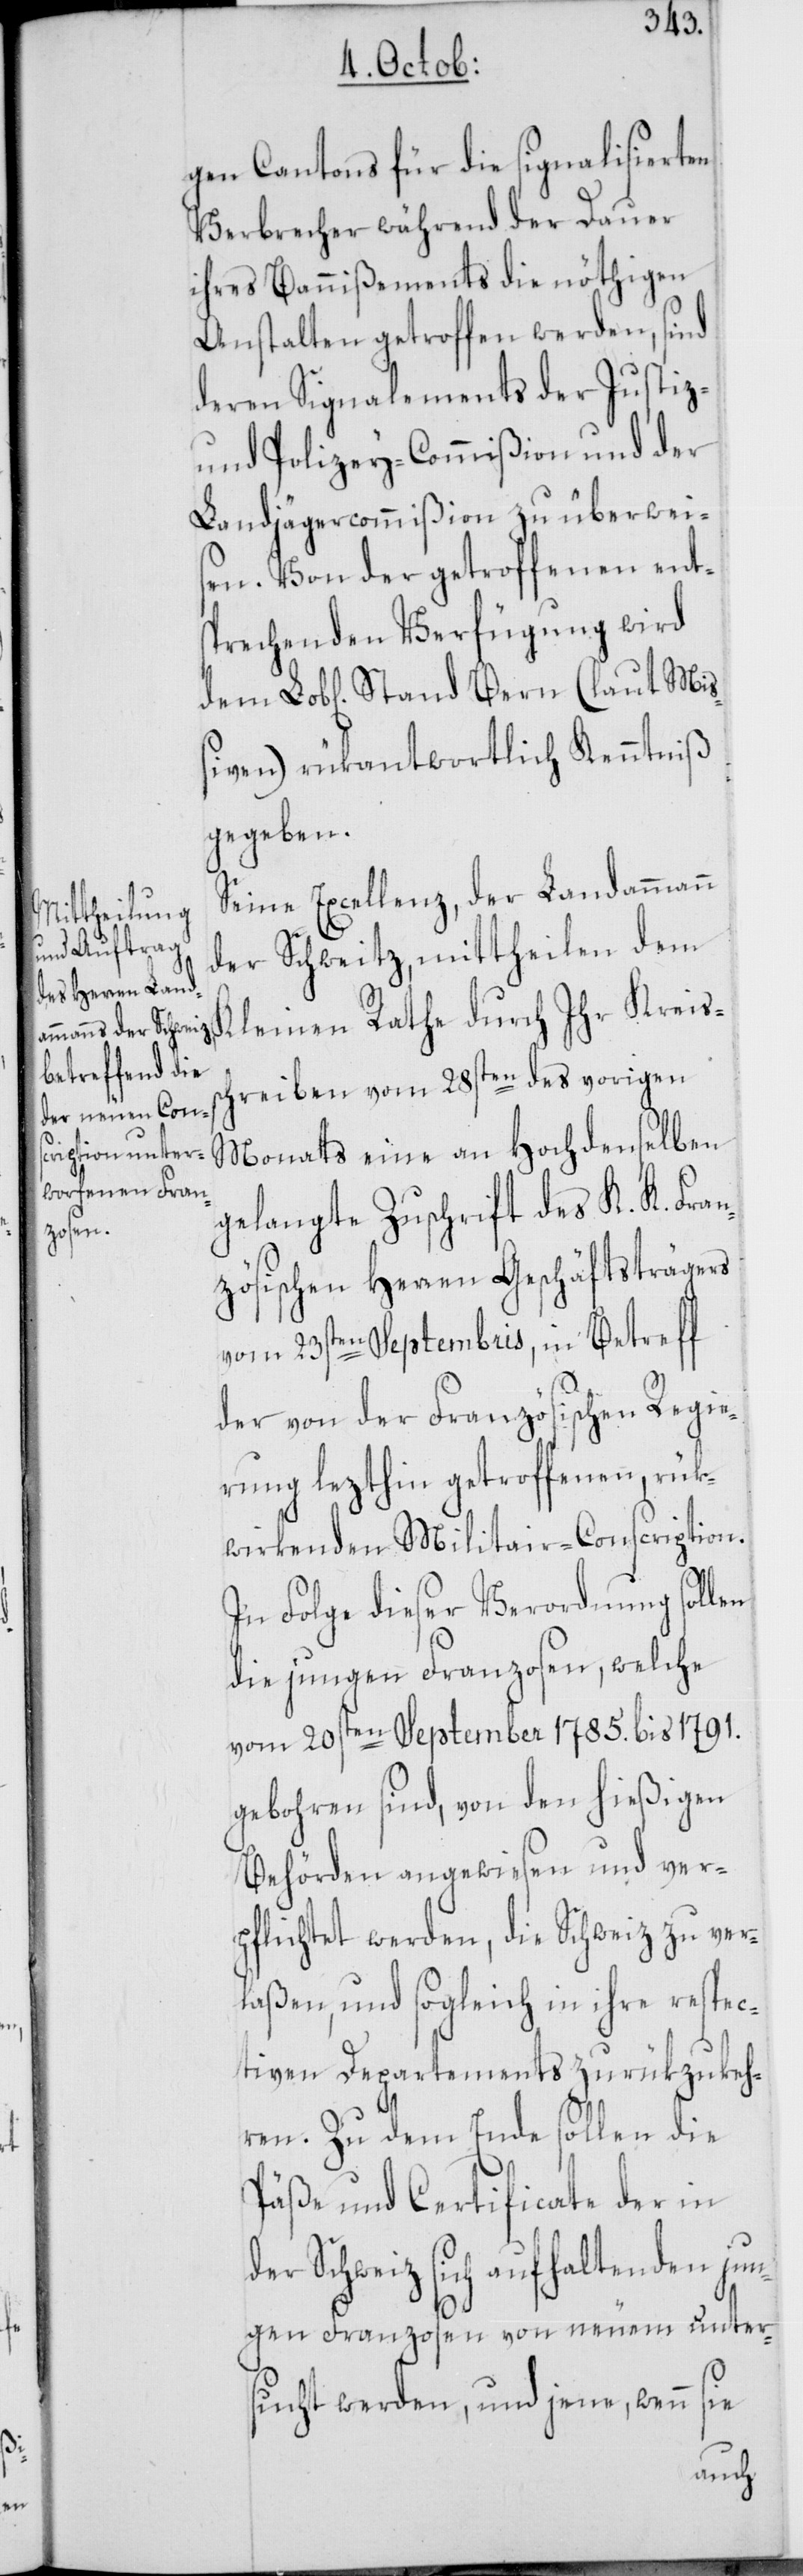
Mi¬

gen Cantons für die signalisierten
Verbrecher während der Dauer
ihres Bannißements die nöthigen
Anstalten getroffen werden, sind
deren Signalements der Justiz-
und Polizey-Commißion und der
Landjägercommißion zu überwei¬
sen. Von der getroffenen ents¬
prechenden Verfügung wird
ßiven) rükantwortlich Kenntniß
gegeben.
Seine Excellenz, der Landammann
der Schweitz, mittheilen dem
Kleinen Rathe durch Ihr Kreis¬
schreiben vom 28sten des vorigen
Monats eine an Hochdenselben
gelangte Zuschrift des K. K. Fran¬
zösischen Herren Geschäftsträgers
vom 23sten Septembris, in Betreff
der von der Französischen Regie¬
rung lezthin getroffenen, rük¬
wirkenden Militair-Conscription.
In Folge dieser Verordnung sollen
die jungen Franzosen, welche
vom 20sten September 1785. bis 1791.
gebohren sind, von den hießigen
Behörden angewiesen und ver¬
pflichtet werden, die Schweiz zu ver¬
laßen, und sogleich in ihre respec¬
tiven Departements zurükzukeh¬
ren. Zu dem Ende sollen die
Päße und Certificate der in
der Schweiz sich aufhaltenden jun¬
gen Franzosen von neuem unter¬
sucht werden, und jene, wenn sie